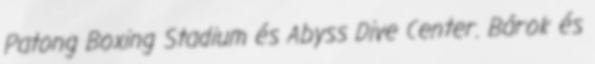
Patong Boxing Stadium és Abyss Dive Center. Bárok és